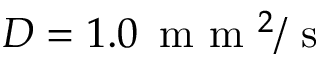
D = 1 . 0 \, \mathrm { ~ m ~ m ~ } ^ { 2 } / \mathrm { ~ s ~ }